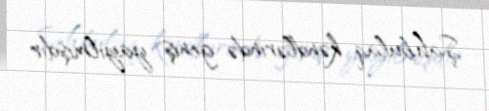
Şahbulaq kəndlərində geniş yayılmışdır.